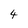
Character: 4